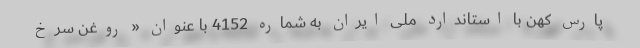
پارس کهن با استاندارد ملی ایران به شماره 4152 با عنوان « روغن سرخ